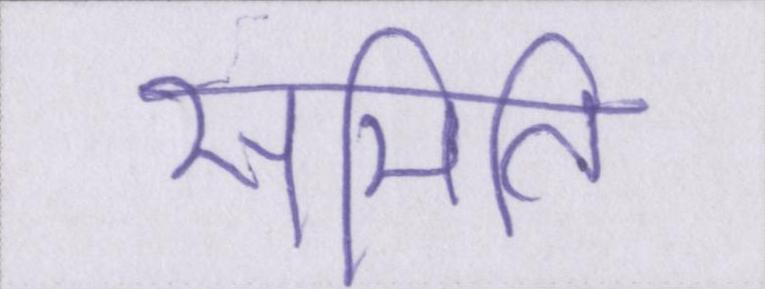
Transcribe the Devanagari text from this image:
समिति